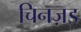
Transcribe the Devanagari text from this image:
चिनज़इ